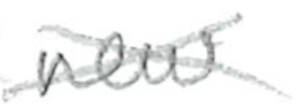
Text: new
Cross-out: mix
Writing tool: pencil